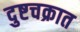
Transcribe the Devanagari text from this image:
दुष्टचक्रात